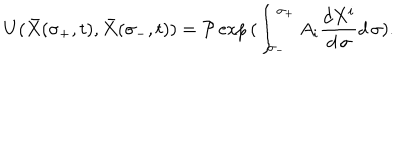
LaTeX: U ( { \bar { X } } ( \sigma _ { + } , t ) , { \bar { X } } ( \sigma _ { - } , t ) ) = { \cal P } \exp { ( \int _ { \sigma _ { - } } ^ { \sigma _ { + } } A _ { i } { \frac { d X ^ { i } } { d \, \sigma } } d \, \sigma ) } .